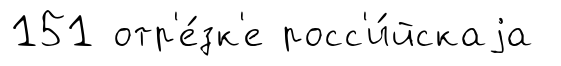
151 отр'е́зк'е росс'и́йскаjа